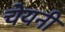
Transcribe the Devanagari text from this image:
चेयनी